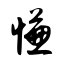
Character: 慊